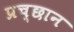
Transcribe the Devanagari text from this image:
प्रच्छान